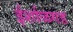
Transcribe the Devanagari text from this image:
ईर्शाळगड